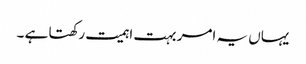
یہاں یہ امر بہت اہمیت رکھتا ہے ۔